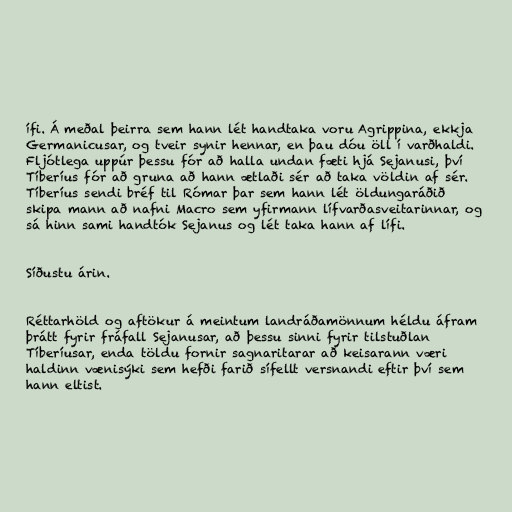
ífi. Á meðal þeirra sem hann lét handtaka voru Agrippina, ekkja
Germanicusar, og tveir synir hennar, en þau dóu öll í varðhaldi.
Fljótlega uppúr þessu fór að halla undan fæti hjá Sejanusi, því
Tíberíus fór að gruna að hann ætlaði sér að taka völdin af sér.
Tíberíus sendi bréf til Rómar þar sem hann lét öldungaráðið
skipa mann að nafni Macro sem yfirmann lífvarðasveitarinnar, og
sá hinn sami handtók Sejanus og lét taka hann af lífi.

Síðustu árin.

Réttarhöld og aftökur á meintum landráðamönnum héldu áfram
þrátt fyrir fráfall Sejanusar, að þessu sinni fyrir tilstuðlan
Tíberíusar, enda töldu fornir sagnaritarar að keisarann væri
haldinn vænisýki sem hefði farið sífellt versnandi eftir því sem
hann eltist.